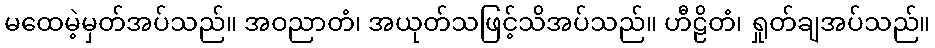
မထေမဲ့မှတ်အပ်သည်။ အဝညာတံ၊ အယုတ်သဖြင့်သိအပ်သည်။ ဟီဠိတံ၊ ရှုတ်ချအပ်သည်။